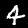
Digit: 4